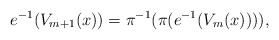
\begin{align*}e^{-1}(V_{m+1}(x))=\pi ^{-1} (\pi ( e^{-1}(V_{m}(x)) )), \end{align*}